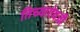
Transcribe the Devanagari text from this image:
तिच्याऐवजी